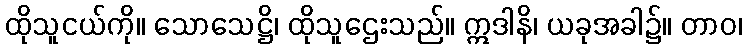
ထိုသူငယ်ကို။ သောသေဋ္ဌိ၊ ထိုသူဌေးသည်။ ဣဒါနိ၊ ယခုအခါ၌။ တာဝ၊